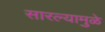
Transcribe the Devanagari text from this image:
सारल्यामुळे